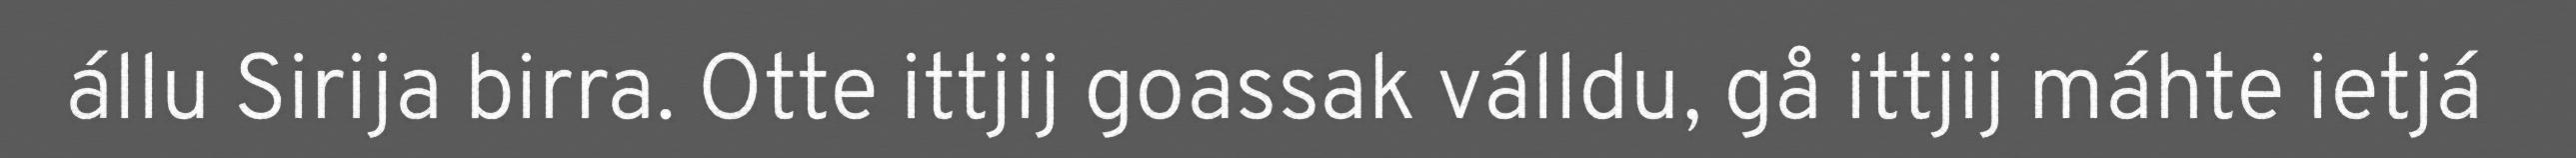
állu Sirija birra. Otte ittjij goassak válldu, gå ittjij máhte ietjá